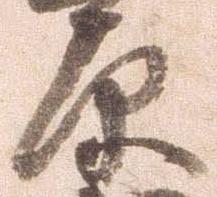
原